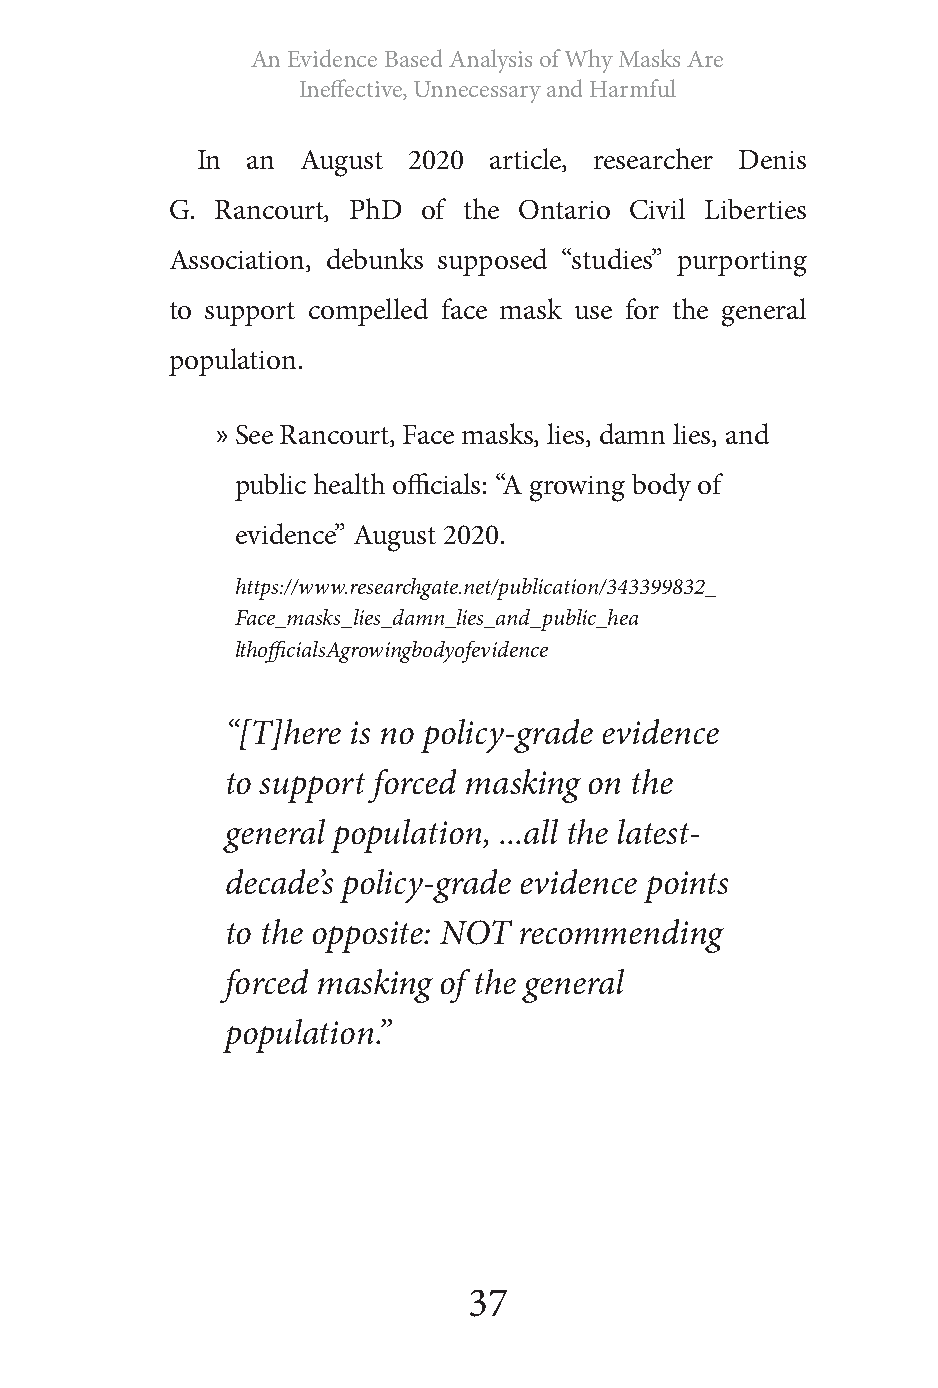
An Evidence Based Analysis of Why Masks Are
 Ineffective, Unnecessary and Harmful
 In an  August 2020 article, researcher Denis
 G. Rancourt, PhD of the Ontario Civil Liberties
 Association, debunks supposed “studies” purporting
 to support compelled face mask use for the general
 population.
 » See Rancourt, Face masks, lies, damn lies, and
 public health officials: “A growing body of
 evidence” August 2020.
 https://www.researchgate.net/publication/343399832_
 Face_masks_lies_damn_lies_and_public_hea
 lthofficialsAgrowingbodyofevidence
 “[T]here is no policy-grade evidence
 to support forced masking on the
 general population, ...all the latest-
 decade’s policy-grade evidence points
 to the opposite: NOT recommending
 forced masking of the general
 population.”
 37